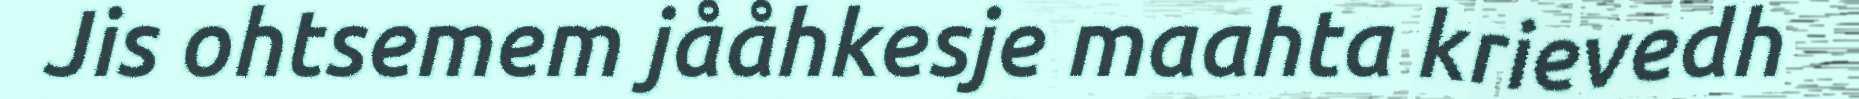
Jis ohtsemem jååhkesje maahta krievedh